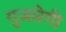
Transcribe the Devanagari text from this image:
गुजारेगी